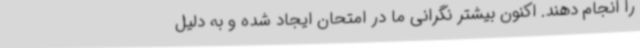
را انجام دهند. اکنون بیشتر نگرانی ما در امتحان ایجاد شده و به دلیل